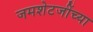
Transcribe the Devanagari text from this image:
जमशेटजींच्या